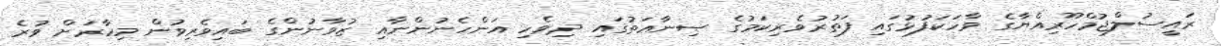
ރައީސުލްޖުމްހޫރިއްޔާގެ ވާހަކަފުޅުގައި ފަތުރުވެރިކަމުގެ ޞިނާޢަތުގައި ދިވެހި އަންހެނުންނާއި ޒުވާނުންގެ ބައިވެރިވުން މިހާރަށް ވުރެ